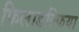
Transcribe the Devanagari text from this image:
फिलाडल्फिया